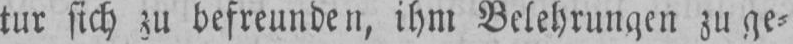
tur sich zu befreunden, ihm Belehrungen zu ge⸗